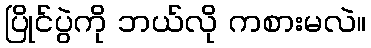
ပြိုင်ပွဲကို ဘယ်လို ကစားမလဲ။